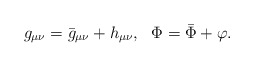
\begin{align*}g_{\mu\nu} = {\bar g}_{\mu\nu} + h_{\mu\nu}, ~~ \Phi = \bar\Phi + \varphi.\end{align*}